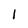
Character: 1